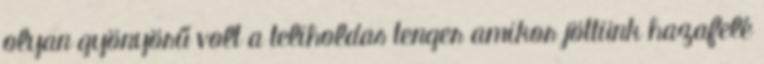
olyan gyönyörű volt a teliholdas tenger amikor jöttünk hazafelé